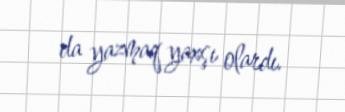
da yazmaq yaxşı olardı.